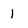
Character: 1